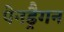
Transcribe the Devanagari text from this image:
पेनड्रैगन